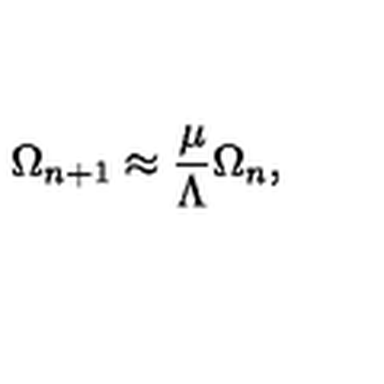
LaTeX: \Omega _ { n + 1 } \approx { \frac { \mu } { \Lambda } } \Omega _ { n } ,